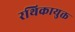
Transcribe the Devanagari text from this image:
रथिकायुक्त